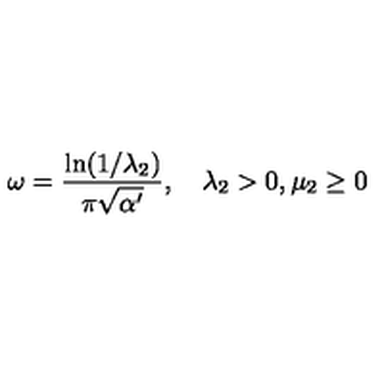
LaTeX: \omega = { \frac { \ln ( 1 / { \lambda _ { 2 } } ) } { \pi \sqrt { \alpha ^ { \prime } } } } , \quad { \lambda _ { 2 } } > 0 , { \mu _ { 2 } } \geq 0